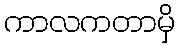
ကာလကတာမှိ